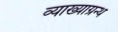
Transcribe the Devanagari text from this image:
व्याख्याग्रन्थ